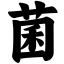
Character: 菌